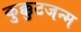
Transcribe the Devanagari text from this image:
कुक्कुटजन्म